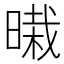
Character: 𰖜